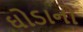
ઘોડાનો